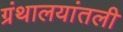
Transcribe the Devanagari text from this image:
ग्रंथालयांतली